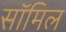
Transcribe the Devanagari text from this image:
सॉमिल